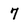
Character: 7